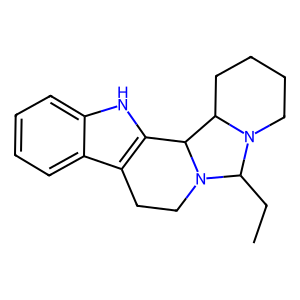
SMILES: CCC1N2CCCCC2C2c3[nH]c4ccccc4c3CCN21
Inhibits HIV replication: No